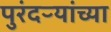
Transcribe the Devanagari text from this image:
पुरंदऱ्यांच्या